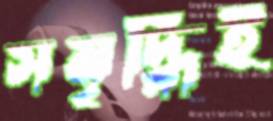
সমৃদ্ধিই